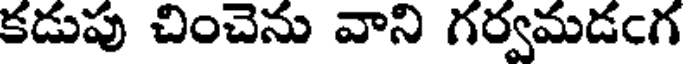
కడుపు చించెను వాని గర్వమడఁగ